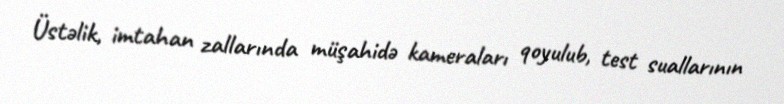
Üstəlik, imtahan zallarında müşahidə kameraları qoyulub, test suallarının